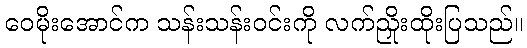
ဝေမိုးအောင်က သန်းသန်းဝင်းကို လက်ညှိုးထိုးပြသည်။